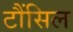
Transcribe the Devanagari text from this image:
टौंसिल